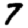
Digit: 7